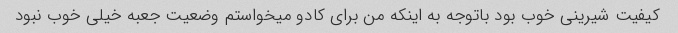
کیفیت شیرینی خوب بود باتوجه به اینکه من برای کادو میخواستم وضعیت جعبه خیلی خوب نبود